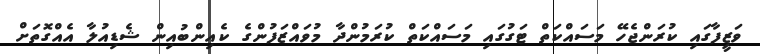
ވަޒީފާގައި ކުރަންޖެހޭ މަސައްކަތް ޓަގުގައި މަސައްކަތް ކުރަމުންދާ މުވައްޒަފުންގެ ކެއިންބުއިން ޝެޑިއުލާ އެއްގޮތަށް